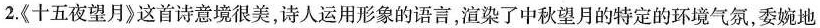
2.《十五夜望月》这首诗意境很美，诗人运用形象的语言，渲染了中秋望月的特定的环境气氛，委婉地